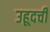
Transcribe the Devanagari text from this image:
उहूदची